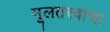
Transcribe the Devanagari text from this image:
मूलतत्त्वांचा